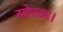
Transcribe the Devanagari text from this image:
सोरठा।